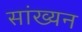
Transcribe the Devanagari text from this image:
सांख्यन